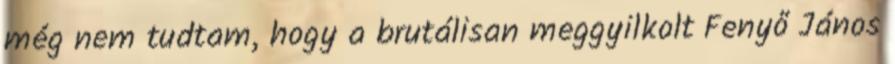
még nem tudtam, hogy a bru­tá­­­li­san meggyilkolt Fenyő Já­nos